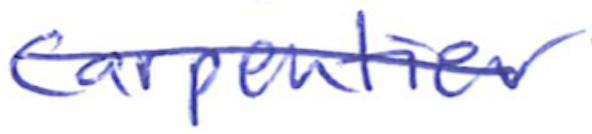
Text: Carpentier
Cross-out: diagonal
Writing tool: ballpoint